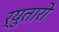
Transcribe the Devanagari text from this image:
र्‍युतारो